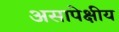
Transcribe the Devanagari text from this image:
असापेक्षीय